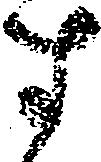
す